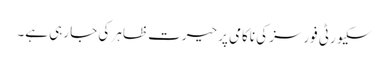
سکیورٹی فورسز کی ناکامی پر حیرت ظاہر کی جا رہی ہے۔